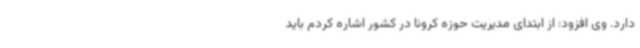
دارد. وی افزود: از ابتدای مدیریت حوزه کرونا در کشور اشاره کردم باید